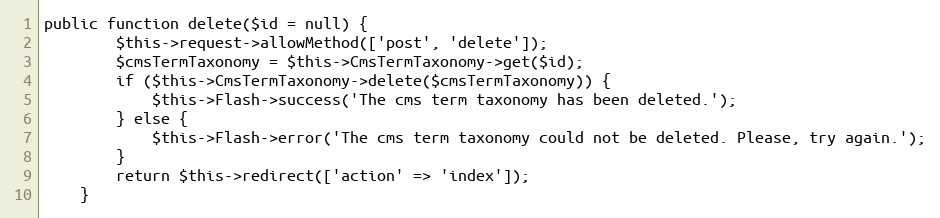
Language: PHP
public function delete($id = null) {
        $this->request->allowMethod(['post', 'delete']);
        $cmsTermTaxonomy = $this->CmsTermTaxonomy->get($id);
        if ($this->CmsTermTaxonomy->delete($cmsTermTaxonomy)) {
            $this->Flash->success('The cms term taxonomy has been deleted.');
        } else {
            $this->Flash->error('The cms term taxonomy could not be deleted. Please, try again.');
        }
        return $this->redirect(['action' => 'index']);
    }